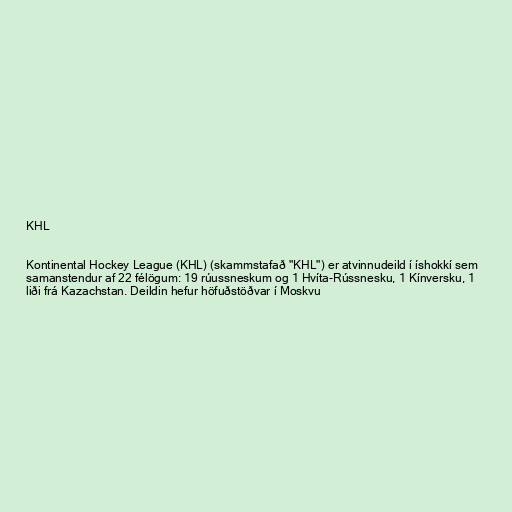
KHL

Kontinental Hockey League (KHL) (skammstafað "KHL") er atvinnudeild í íshokkí sem
samanstendur af 22 félögum: 19 rúussneskum og 1 Hvíta-Rússnesku, 1 Kínversku, 1
liði frá Kazachstan. Deildin hefur höfuðstöðvar í Moskvu